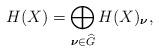
LaTeX: \begin{align*} H(X)=\bigoplus _{\boldsymbol{\nu}\in \widehat{G}} H(X)_{\boldsymbol{\nu}},\end{align*}